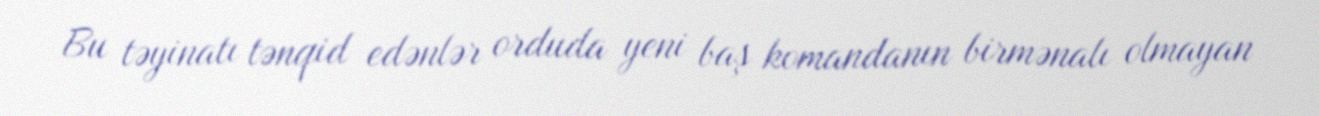
Bu təyinatı tənqid edənlər orduda yeni baş komandanın birmənalı olmayan